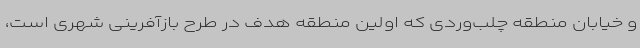
و خیابان منطقه چلب‌وردی که اولین منطقه هدف در طرح بازآفرینی شهری است،